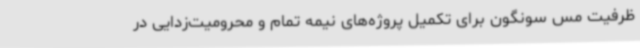
ظرفیت مس سونگون برای تکمیل پروژه‌های نیمه تمام و محرومیت‌زدایی در